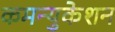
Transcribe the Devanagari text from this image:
कमन्युकेशन